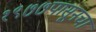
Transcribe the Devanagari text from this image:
१९७७पासूनचा